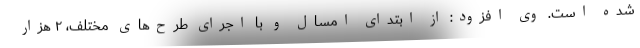
شده است. وی افزود: از ابتدای امسال و با اجرای طرح‌های مختلف، ۲ هزار